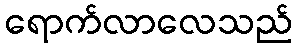
ရောက်လာလေသည်